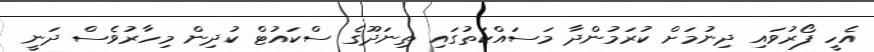
އެހީ ފޯރުވައި ދިނުމަށް ކުރަމުންދާ މަސައްކަތުގައި ތިނަދޫގެ ސްކައުޓް ކުދިން މިހާރުވެސް ދަނީ